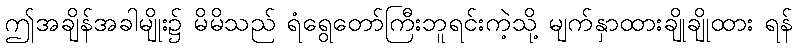
ဤအချိန်အခါမျိုး၌ မိမိသည် ရံရွေတော်ကြီးဘူရင်းကဲ့သို့ မျက်နှာထားချိုချိုထား ရန်